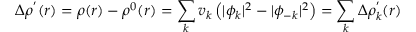
\Delta \rho ^ { ' } ( r ) = \rho ( r ) - \rho ^ { 0 } ( r ) = \sum _ { k } v _ { k } \left( | \phi _ { k } | ^ { 2 } - | \phi _ { - k } | ^ { 2 } \right) = \sum _ { k } \Delta \rho _ { k } ^ { ' } ( r )